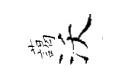
藹沃